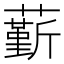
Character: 𧁲